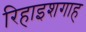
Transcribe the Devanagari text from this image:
रिहाइशगाह